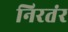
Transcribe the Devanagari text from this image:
निरतंर